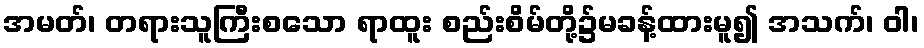
အမတ်၊ တရားသူကြီးစသော ရာထူး စည်းစိမ်တို့၌မခန့်ထားမူ၍ အသက်၊ ဝါ၊